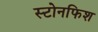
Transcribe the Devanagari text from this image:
स्टोनफिश